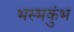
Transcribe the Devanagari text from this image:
भस्मकुंभ